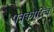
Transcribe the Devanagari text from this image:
पत्रकारित्व